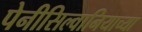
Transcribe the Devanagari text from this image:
पेनीसिल्वानियाच्या